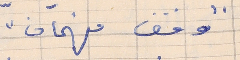
" وقف فهمان "